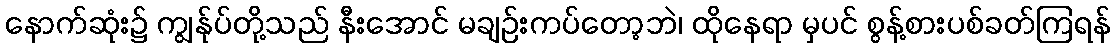
နောက်ဆုံး၌ ကျွန်ုပ်တို့သည် နီးအောင် မချဉ်းကပ်တော့ဘဲ၊ ထိုနေရာ မှပင် စွန့်စားပစ်ခတ်ကြရန်